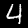
Label: 4